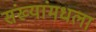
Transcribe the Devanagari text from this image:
संख्यांमधला